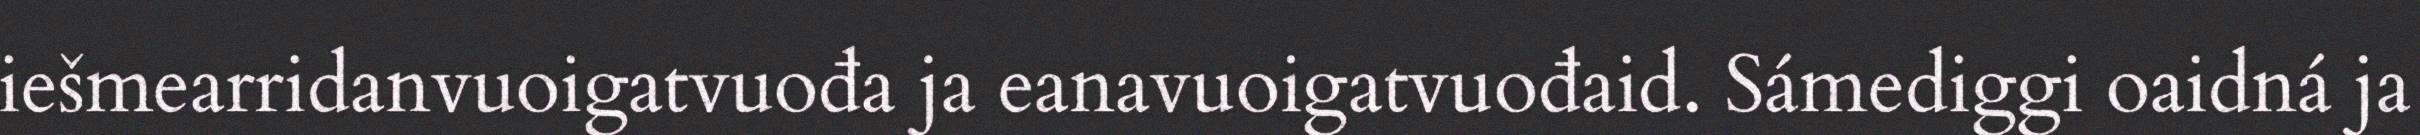
iešmearridanvuoigatvuođa ja eanavuoigatvuođaid. Sámediggi oaidná ja